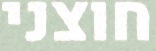
חוצני